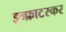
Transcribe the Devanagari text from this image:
इन्फ्राटस्कर